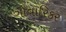
ગોવારિકર